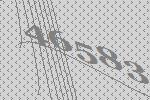
46583